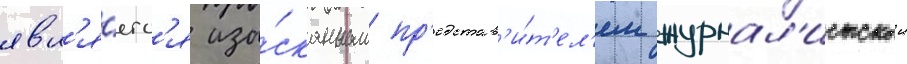
явл'я́етс'я изы́сканным пр'едстав'и́т'ел'ем журнал'истскои